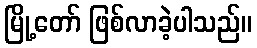
မြို့တော် ဖြစ်လာခဲ့ပါသည်။